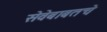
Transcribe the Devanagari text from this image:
सेवेबाबतचे